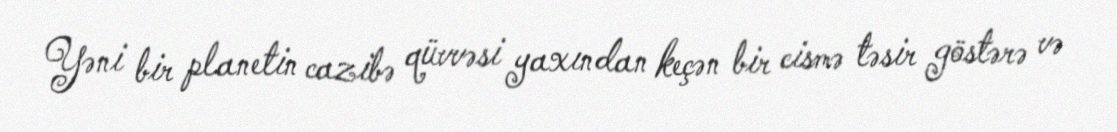
Yəni bir planetin cazibə qüvvəsi yaxından keçən bir cismə təsir göstərə və